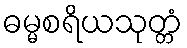
ဓမ္မစရိယသုတ္တံ